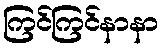
ကြင်ကြင်နာနာ